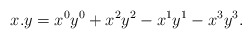
\begin{align*}x.y=x^{0}y^{0}+x^{2}y^{2}-x^{1}y^{1}-x^{3}y^{3}.\end{align*}